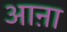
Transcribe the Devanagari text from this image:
आऩा